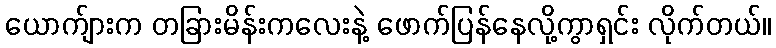
ယောက်ျားက တခြားမိန်းကလေးနဲ့ ဖောက်ပြန်နေလို့ကွာရှင်း လိုက်တယ်။